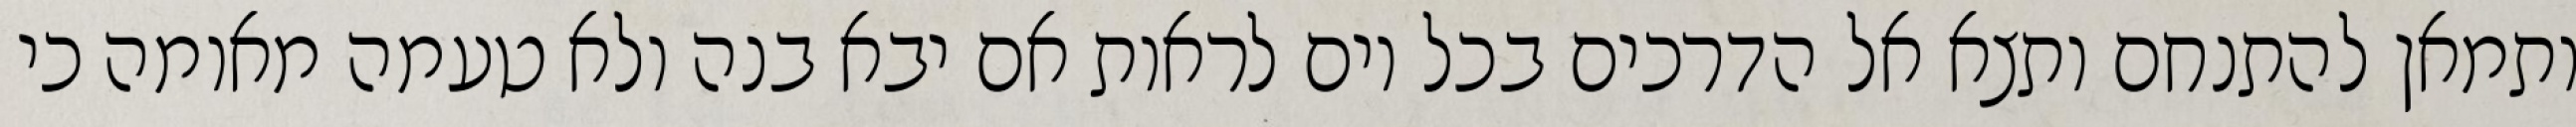
ותמאן להתנחם ותצא אל הדרכים בכל יום לראות אם יבא בנה ולא טעמה מאומה כי